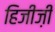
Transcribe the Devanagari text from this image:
हिजीज़ी